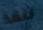
ننقذ